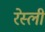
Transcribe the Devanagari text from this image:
रेस्ली